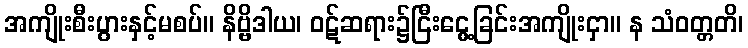
အကျိုးစီးပွားနှင့်မစပ်။ နိဗ္ဗိဒါယ၊ ဝဋ်ဆရား၌ငြီးငွေ့ခြင်းအကျိုးငှာ။ န သံဝတ္တတိ၊